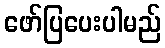
ဖော်ပြပေးပါမည်